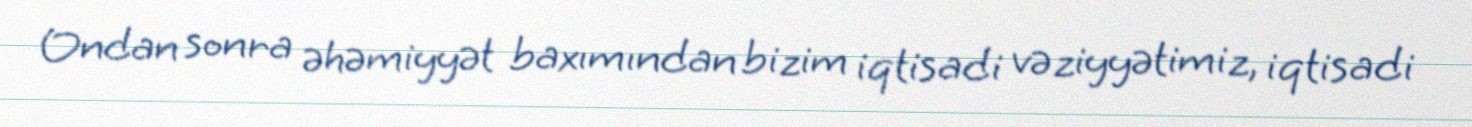
Ondan sonra əhəmiyyət baxımından bizim iqtisadi vəziyyətimiz, iqtisadi